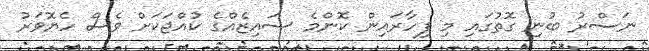
ނަސްރު ބުނި ގޮތުގައި މި ފިހާރައިން ކޮންމެ ސައިޒެއްގެ ކުއްޖަކަށް ވެސް ހެޔޮވަރު